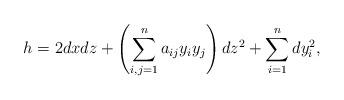
LaTeX: \begin{align*}h = 2dx dz + \left(\sum_{i,j=1}^n a_{ij}y_i y_j \right) dz^2 + \sum_{i=1}^n dy_i^2,\end{align*}